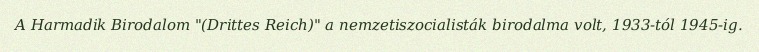
A Harmadik Birodalom "(Drittes Reich)" a nemzetiszocialisták birodalma volt, 1933-tól 1945-ig.